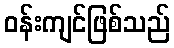
ဝန်းကျင်ဖြစ်သည်